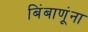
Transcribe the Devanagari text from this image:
बिंबाणूंना